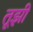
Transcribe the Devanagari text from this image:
तूझी